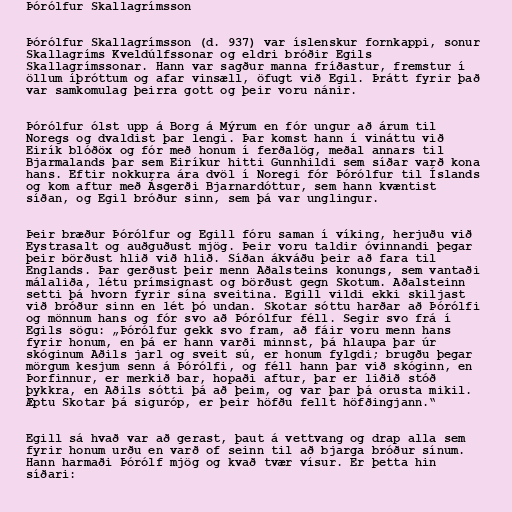
Þórólfur Skallagrímsson

Þórólfur Skallagrímsson (d. 937) var íslenskur fornkappi, sonur
Skallagríms Kveldúlfssonar og eldri bróðir Egils
Skallagrímssonar. Hann var sagður manna fríðastur, fremstur í
öllum íþróttum og afar vinsæll, öfugt við Egil. Þrátt fyrir það
var samkomulag þeirra gott og þeir voru nánir.

Þórólfur ólst upp á Borg á Mýrum en fór ungur að árum til
Noregs og dvaldist þar lengi. Þar komst hann í vináttu við
Eirík blóðöx og fór með honum í ferðalög, meðal annars til
Bjarmalands þar sem Eiríkur hitti Gunnhildi sem síðar varð kona
hans. Eftir nokkurra ára dvöl í Noregi fór Þórólfur til Íslands
og kom aftur með Ásgerði Bjarnardóttur, sem hann kvæntist
síðan, og Egil bróður sinn, sem þá var unglingur.

Þeir bræður Þórólfur og Egill fóru saman í víking, herjuðu við
Eystrasalt og auðguðust mjög. Þeir voru taldir óvinnandi þegar
þeir börðust hlið við hlið. Síðan ákváðu þeir að fara til
Englands. Þar gerðust þeir menn Aðalsteins konungs, sem vantaði
málaliða, létu prímsignast og börðust gegn Skotum. Aðalsteinn
setti þá hvorn fyrir sína sveitina. Egill vildi ekki skiljast
við bróður sinn en lét þó undan. Skotar sóttu harðar að Þórólfi
og mönnum hans og fór svo að Þórólfur féll. Segir svo frá í
Egils sögu: „Þórólfur gekk svo fram, að fáir voru menn hans
fyrir honum, en þá er hann varði minnst, þá hlaupa þar úr
skóginum Aðils jarl og sveit sú, er honum fylgdi; brugðu þegar
mörgum kesjum senn á Þórólfi, og féll hann þar við skóginn, en
Þorfinnur, er merkið bar, hopaði aftur, þar er liðið stóð
þykkra, en Aðils sótti þá að þeim, og var þar þá orusta mikil.
Æptu Skotar þá siguróp, er þeir höfðu fellt höfðingjann.“

Egill sá hvað var að gerast, þaut á vettvang og drap alla sem
fyrir honum urðu en varð of seinn til að bjarga bróður sínum.
Hann harmaði Þórólf mjög og kvað tvær vísur. Er þetta hin
síðari: